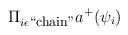
\begin{align*}\displaystyle\Pi_{i\epsilon\mbox{\footnotesize``chain''}} a^+(\psi_i)\end{align*}